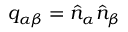
q _ { \alpha \beta } = \hat { n } _ { \alpha } \hat { n } _ { \beta }